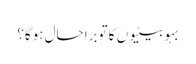
بہو بیٹیوں کا توبرا حال ہوگا؟